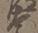
大